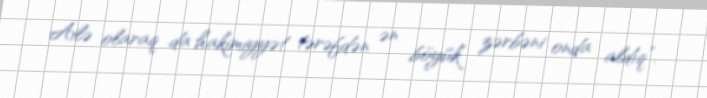
Ailə olaraq da hakimiyyət tərəfdən ən böyük zərbəni onda aldıq”.